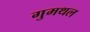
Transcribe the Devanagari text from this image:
गुमथल